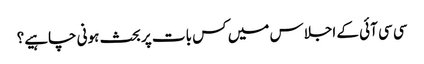
سی سی آئی کے اجلاس میں کس بات پر بحث ہونی چاہیے؟